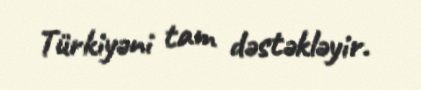
Türkiyəni tam dəstəkləyir.